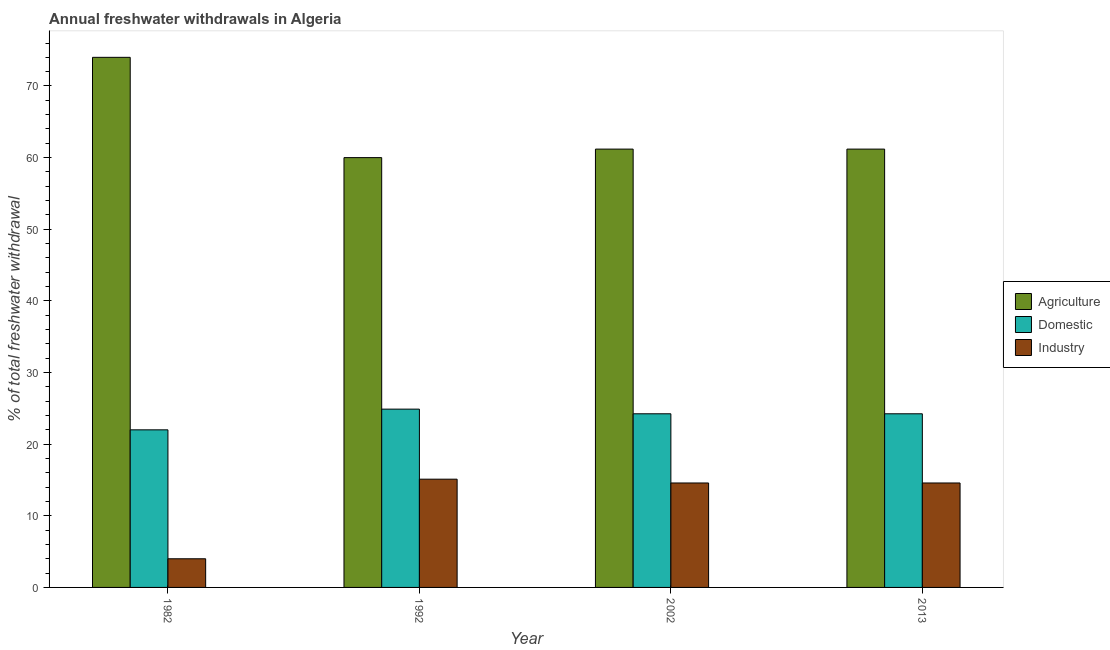
| Year | Agriculture | Domestic | Industry |
 | --- | --- | --- | --- |
 | 1982 | 74 | 22 | 4 |
 | 1992 | 60 | 24.9 | 15.1 |
 | 2002 | 61.2 | 24.2 | 14.6 |
 | 2013 | 61.2 | 24.2 | 14.6 |